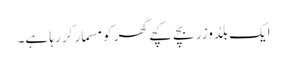
ایک بلڈوزر بچے کچے گھر کو مسمار کر رہا ہے۔